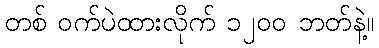
တစ် ဝက်ပဲထားလိုက် ၁၂၀၀ ဘတ်နဲ့။